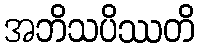
အဘိသပိဿတိ